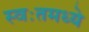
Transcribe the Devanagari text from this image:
स्वःतमध्ये